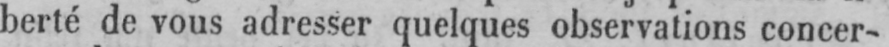
berté de vous adresser quelques observations concer-